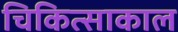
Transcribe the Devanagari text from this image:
चिकित्साकाल